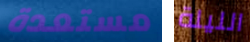
مستعدة الليلة